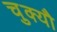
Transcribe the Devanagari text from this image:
चुक्यौ